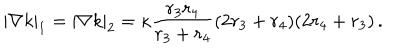
| \nabla k | _ { 1 } = | \nabla k | _ { 2 } = \kappa \frac { r _ { 3 } r _ { 4 } } { r _ { 3 } + r _ { 4 } } ( 2 r _ { 3 } + r _ { 4 } ) ( 2 r _ { 4 } + r _ { 3 } ) \, .